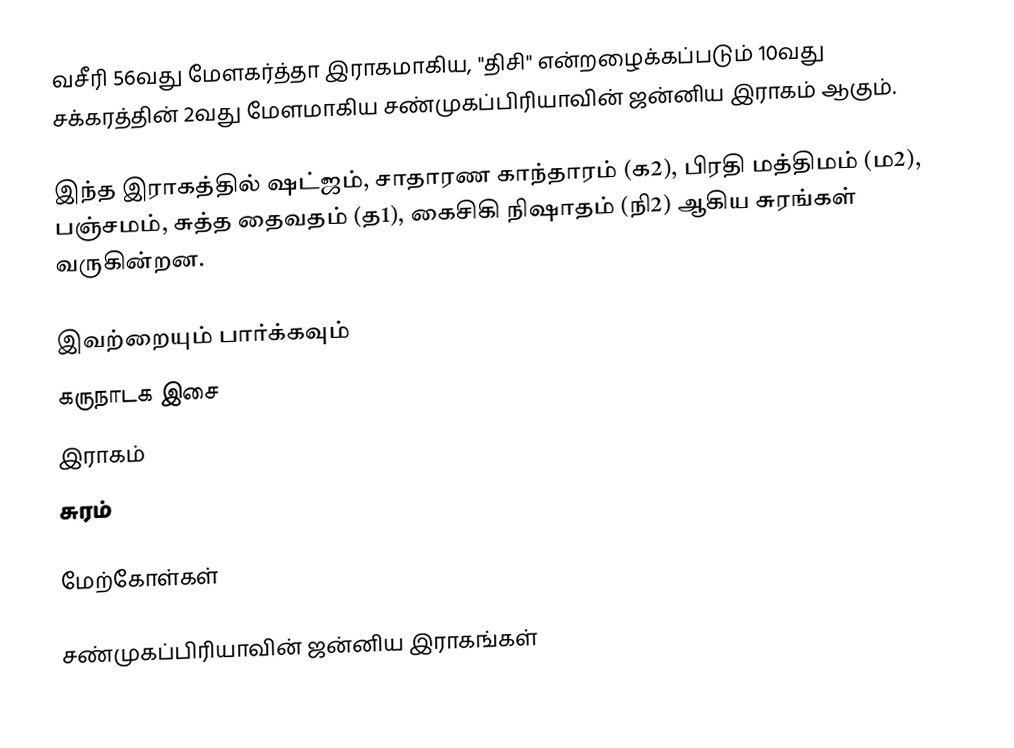
வசீரி 56வது மேளகர்த்தா இராகமாகிய, "திசி" என்றழைக்கப்படும் 10வது சக்கரத்தின் 2வது மேளமாகிய சண்முகப்பிரியாவின் ஜன்னிய இராகம் ஆகும்.

இந்த இராகத்தில் ஷட்ஜம், சாதாரண காந்தாரம் (க2), பிரதி மத்திமம் (ம2), பஞ்சமம், சுத்த தைவதம் (த1), கைசிகி நிஷாதம் (நி2) ஆகிய சுரங்கள் வருகின்றன.

இவற்றையும் பார்க்கவும்
 கருநாடக இசை
 இராகம்
 சுரம்

மேற்கோள்கள்

சண்முகப்பிரியாவின் ஜன்னிய இராகங்கள்